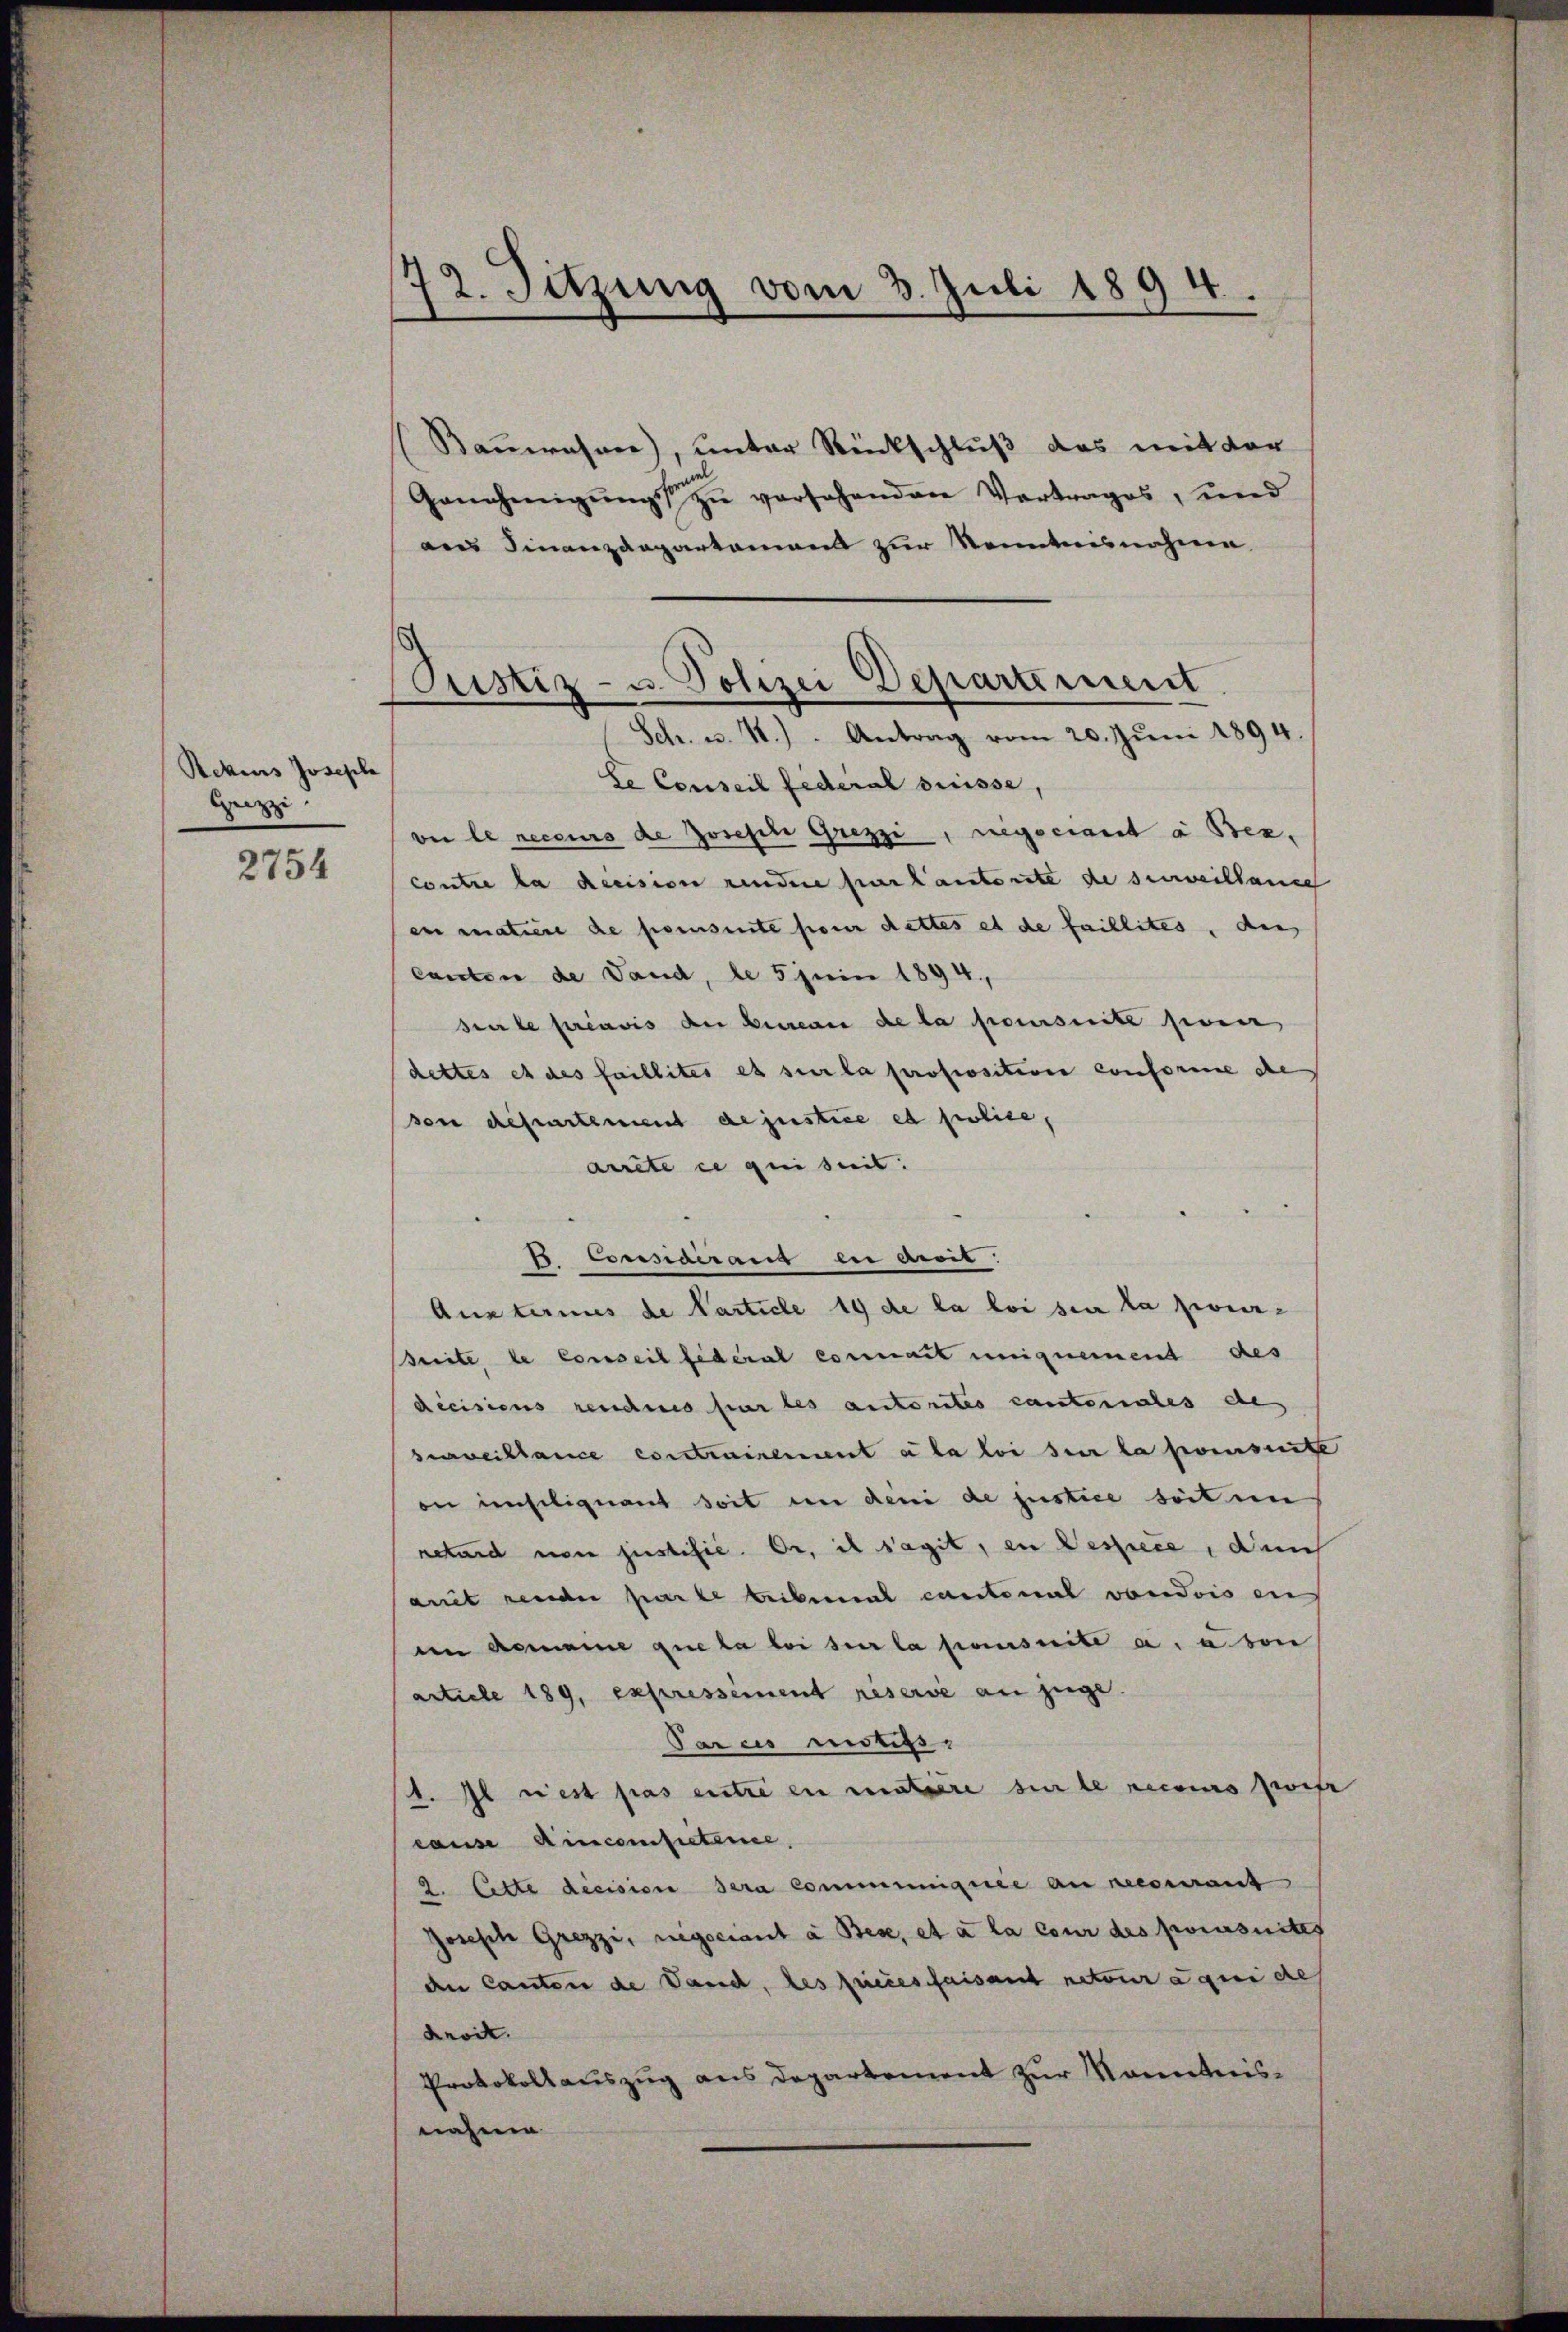
Rekens Joseph
Geiz

2754

)
2. Sitzung vom 3. Juli 1894.

Bauwesen), unter Rückschluß das mit der
Genehmigŭng zŭ versehenden Vertrages, und
anns Finanzdepartament zur Kenntnisnahme.
le Conseil federal Suisse,
ver le recours de Joseph Grezzi, regociant a Bez.
contre la decision rendere parkantonte de surveillaue
ein matiere de preisite pour dettes et de faillites, den
canten de Vaud, le 5 Juin 1894,
sierte préavis der Bureau de la poursuite sein,
dettes et des faillites es sur la proposition conforme de
von Repartement dejustice et police
arrite ce qui suit:
J. Considérant eu droit
Austernus de Particle 19 de la loi sur la proier¬
Breite de Conseil federat connait uniquement des
decisions rendes par les autorites cantonales de
seweiblance contrairement a la loi sur la preseite
on imselignant soit in den de justice seit in
retard von justific. Or, il s’agit, in Dessiere, dem
ait rende parte Leiberal cantonal vondois en
im Gemeine que la loi sur la pensuite a. a. von
article 189, expressement réserve an zuge.
Parcis miss
1. Il rest pas entre en matière sie le recours zwis
cause Aincompetene,
2. Cette decision sera communignie an recourant
Joseph Grezzi, negociant à Bese, et à la cour des poursuites
de Canton de Land, des freies faisant retour qui de
droit.
Protokollauszug aus Departement zur Kenntnisnahme

Justiz- u. Polizei Departement
Sch. u. 4.) Antrag vom 20. Jŭni 1894.